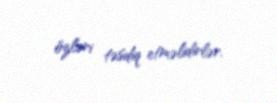
özləri təsdiq etməlidirlər.